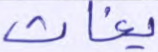
يغاث